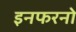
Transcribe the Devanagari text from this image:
इनफरनो